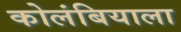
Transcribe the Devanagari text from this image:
कोलंबियाला